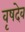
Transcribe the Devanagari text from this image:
वृषदेव